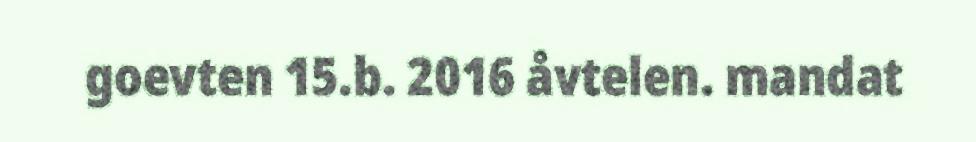
goevten 15.b. 2016 åvtelen. mandat